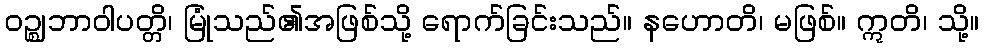
ဝဉ္ဈဘာဝါပတ္တိ၊ မြုံသည်၏အဖြစ်သို့ ရောက်ခြင်းသည်။ နဟောတိ၊ မဖြစ်။ ဣတိ၊ သို့။